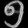
Digit: ၅